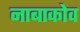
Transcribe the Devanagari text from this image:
नाबाकोव